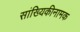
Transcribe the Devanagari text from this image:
सांख्यिकीनामक